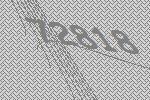
72818